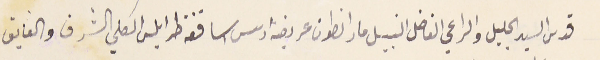
قدس السيد الجليل والراعي الفاضل النبيل مار انطون عريضه رىس اساقفة طرابلس الكلي الشرف والفايق